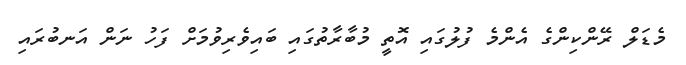
މެޑަލް ރޭންކިންގެ އެންމެ ފުލުގައި އޮތީ މުބާރާތުގައި ބައިވެރިވުމަށް ފަހު ނަން އަނބުރައި